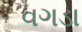
વગડા